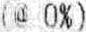
(@ 0%)